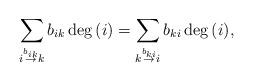
LaTeX: \begin{align*} \sum_{i \overset{b_{ik}}{\rightarrow} k} b_{ik} \deg{(i)} = \sum_{k \overset{b_{ki}}{\rightarrow} i} b_{ki} \deg{(i)} , \end{align*}